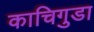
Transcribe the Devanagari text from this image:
काचिगुडा